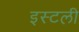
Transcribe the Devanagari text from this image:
इस्टली